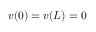
v ( 0 ) = v ( L ) = 0